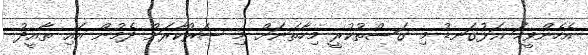
އެހެންވީމަ އަޅުގަނޑު މި ގަސްތުކުރީ މިހާތަނަށް މި ސަރުކާރަށް ދެމުން އައި ތާއީދު